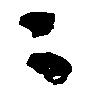
ニ